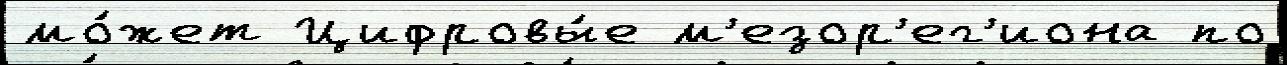
мо́жет Цифровы́е м'езор'ег'иона по